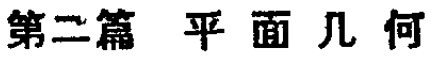
第二篇 平面几何